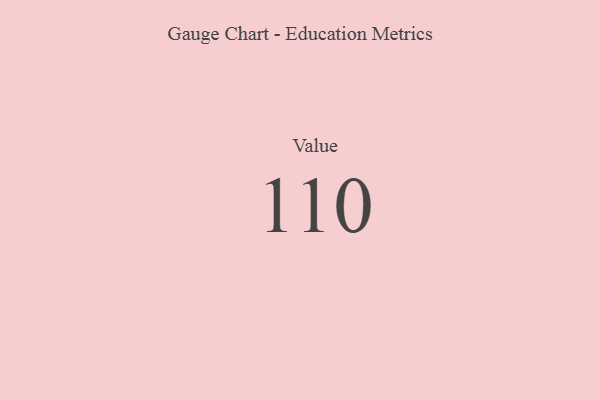
{"axis": {"x": "Metric", "y": "Value"}, "legend": [""], "data": [{"x": "Value", "y": 110, "type": ""}]}